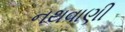
નથવાણી